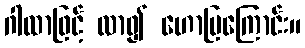
ဂါထာဖြင့် လာ၍ ဟောပြကြောင်း။